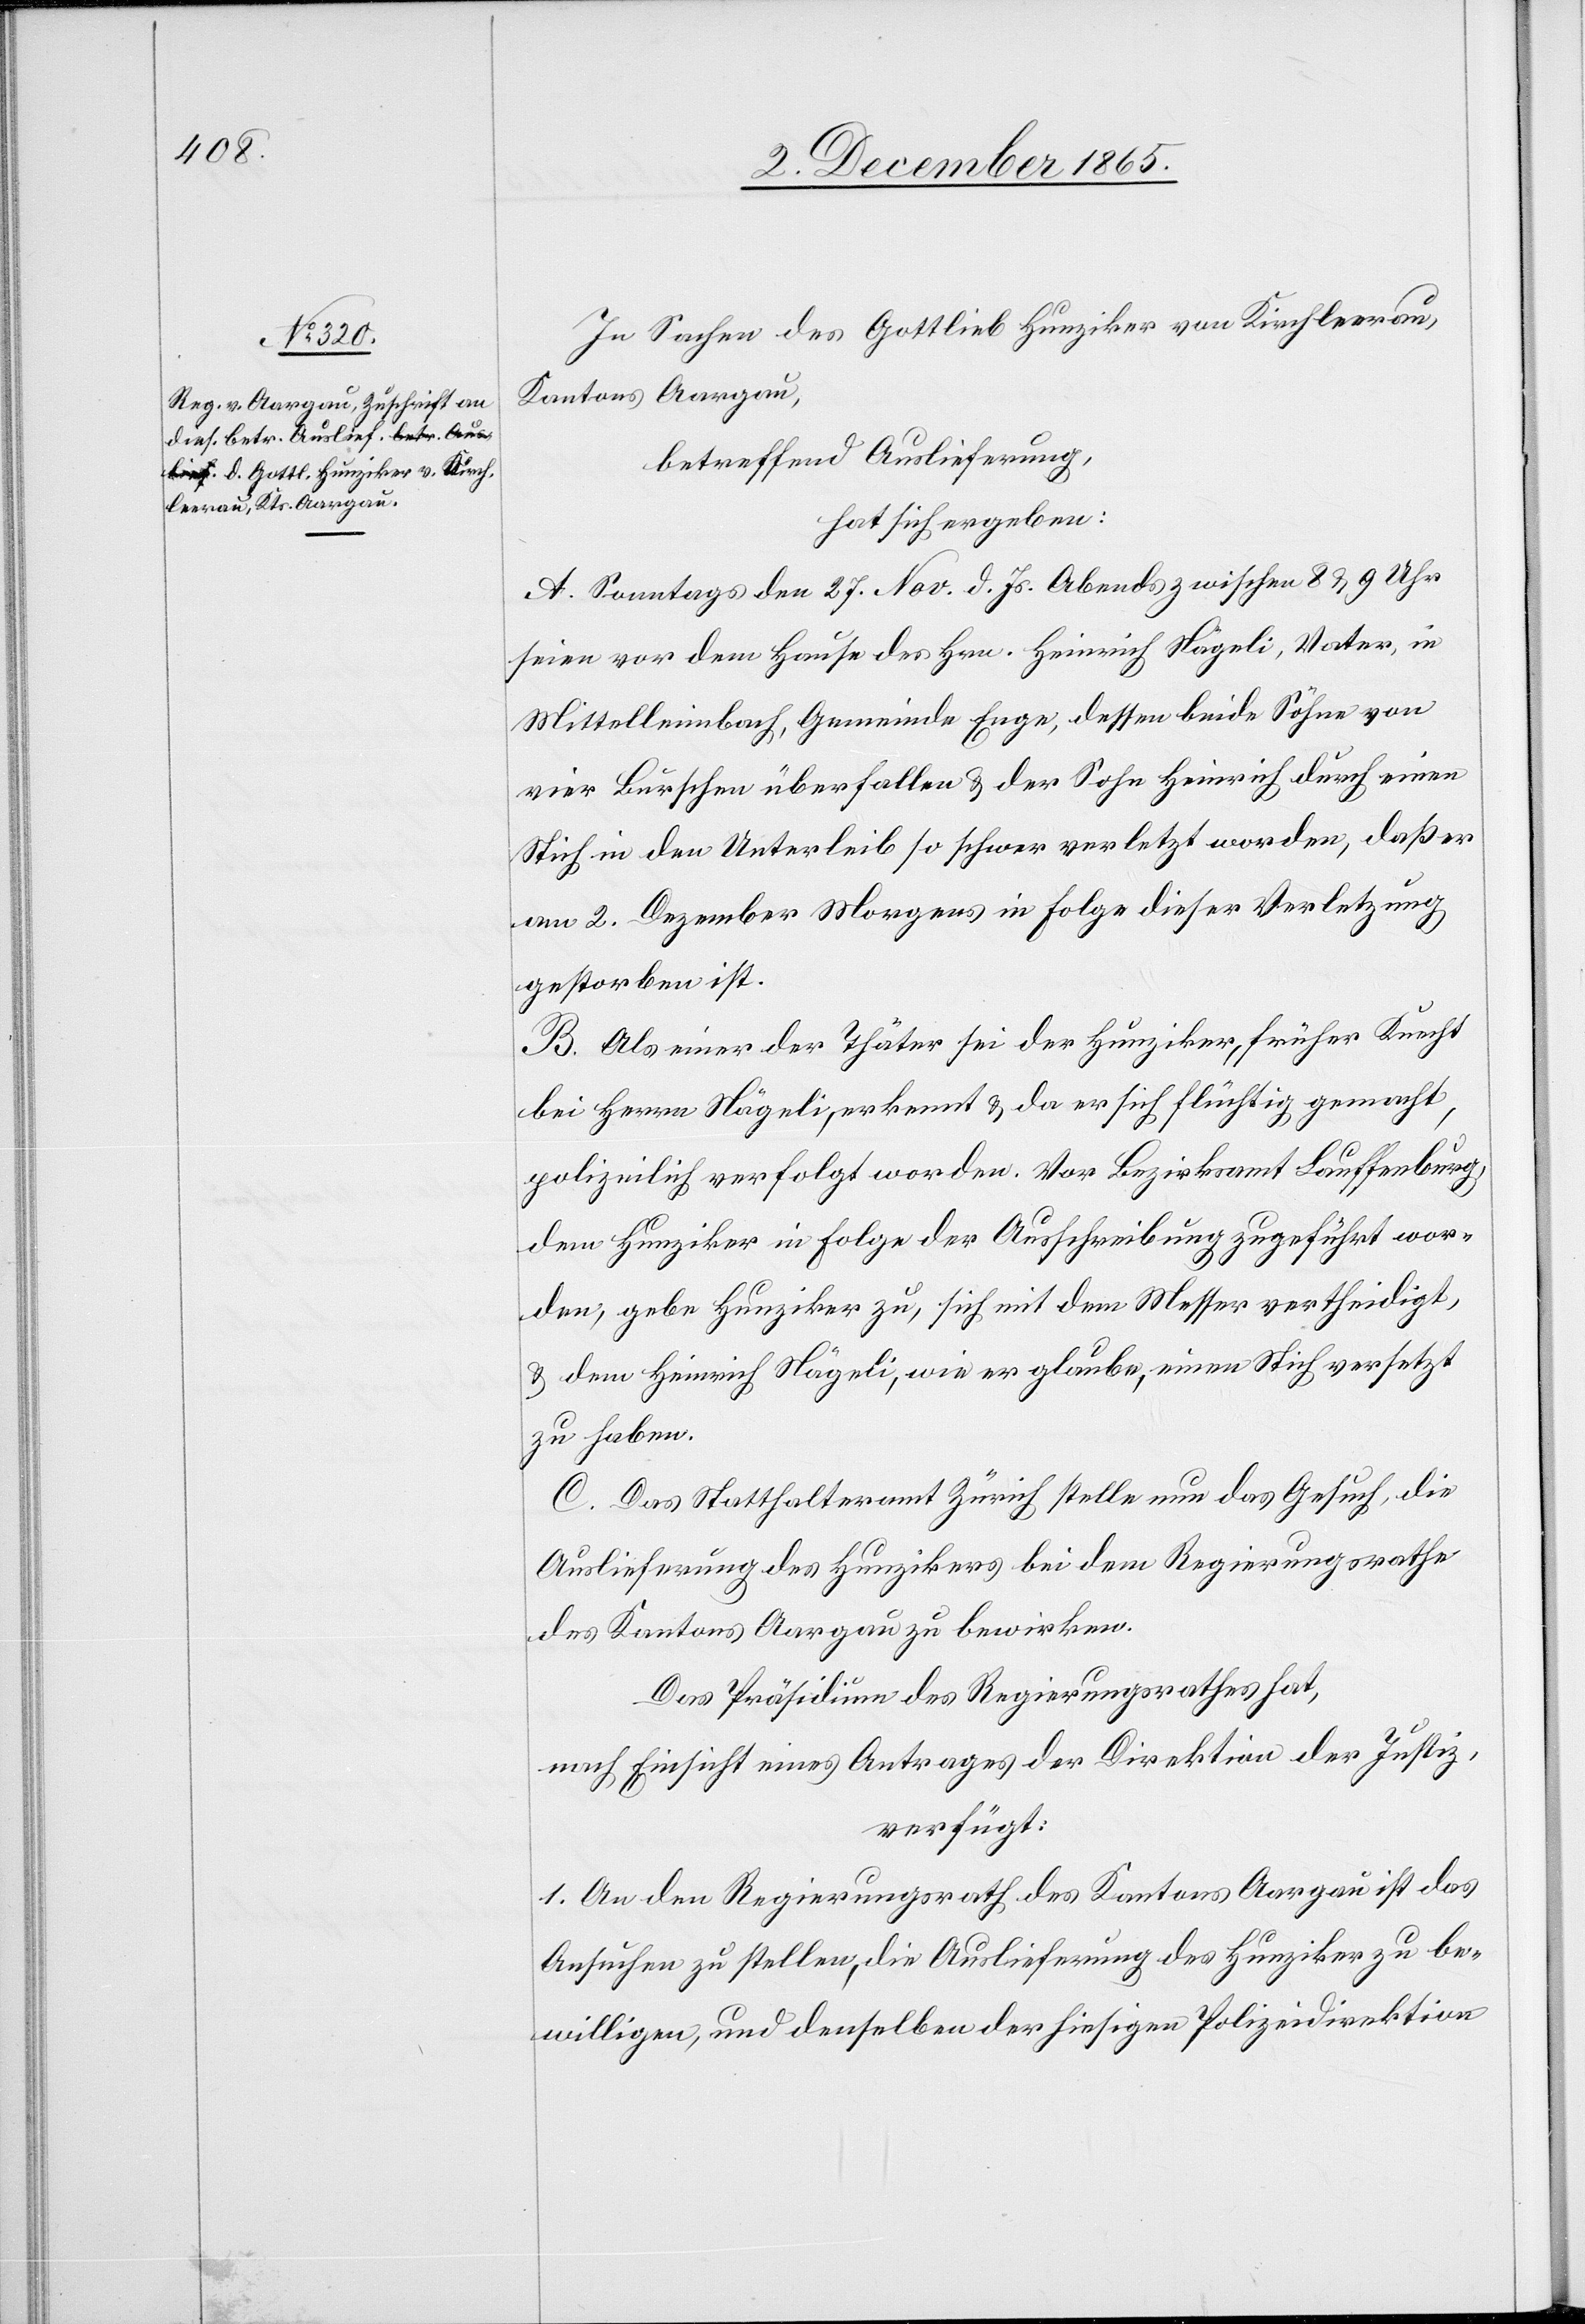
5. December 1865.]
In Sachen des Gottlieb Hunziker von Kirchleerau,
Kantons Aargau,
betreffend Auslieferung,
hat sich ergeben:
A. Sonntags den 27. Nov. d. Js. Abends zwischen 8 & 9 Uhr
seien vor dem Hause des Hrn. Heinrich Nägeli, Vater, in
Mittelleimbach, Gemeinde Enge, dessen beide Söhne von
vier Burschen überfallen & der Sohn Heinrich durch einen
Stich in den Unterleib so schwer verletzt worden, daß er
am 2. Dezember Morgens in Folge dieser Verletzung
gestorben ist.
B. Als einer der Thäter sei der Hunziker, früher Knecht
bei Herrn Nägeli, erkannt & da er sich flüchtig gemacht,
polizeilich verfolgt worden. Vor Bezirksamt Lauffenburg,
dem Hunziker in Folge der Ausschreibung zugeführt wor¬
den, gebe Hunziker zu, sich mit dem Messer vertheidigt,
& dem Heinrich Nägeli, wie er glaube, einen Stich versetzt
zu haben.
C. Das Statthalteramt Zürich stelle nun das Gesuch, die
Auslieferung des Hunzikers bei dem Regierungsrathe
des Kantons Aargau zu bewirken.
nach Einsicht eines Antrages der Direktion der Direktion
verfügt:
1. An den Regierungsrath des Kantons Aargau ist das
Ansuchen zu stellen, die Auslieferung des Hunziker zu be¬
willigen, und denselben der hiesigen Polizeidirektion